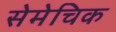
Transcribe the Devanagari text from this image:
सेमेचिक